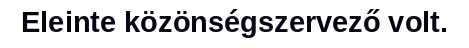
Eleinte közönségszervező volt.